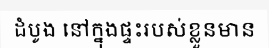
ដំបូង នៅក្នុងផ្ទះរបស់ខ្លួនមាន